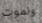
ونموت